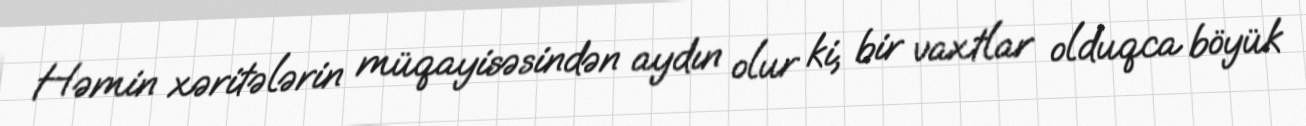
Həmin xəritələrin müqayisəsindən aydın olur ki, bir vaxtlar olduqca böyük